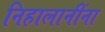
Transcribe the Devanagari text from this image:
निहालानींना